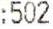
:502